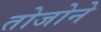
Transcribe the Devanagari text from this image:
तोजोने